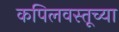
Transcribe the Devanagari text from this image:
कपिलवस्तूच्या